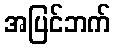
အပြင်ဘက်